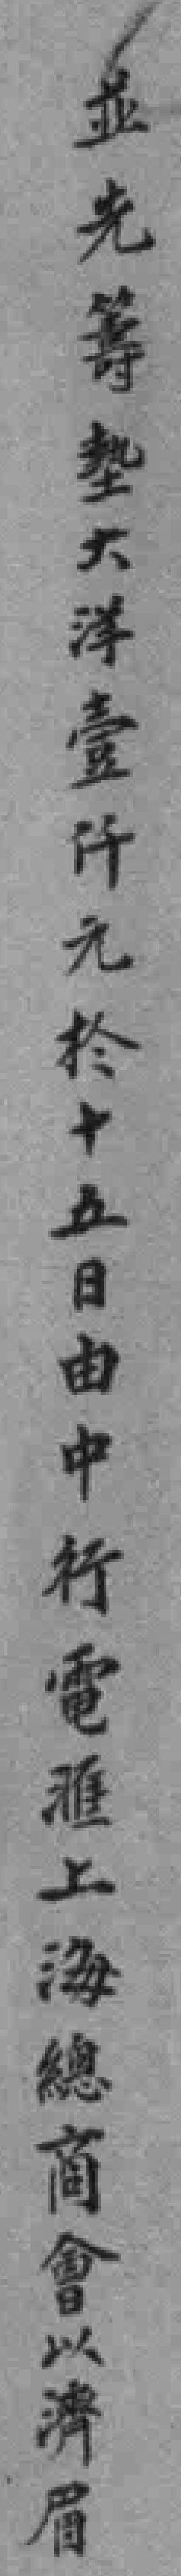
並先等垫大洋壹仟元於十五日由中行電*上海總商會以濟眉